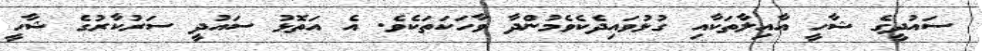
ސައުދީގެ ޝާހީ އާއިލާތަކާއި ގުޅުވައިދެކެވެމުންދާ ވާހަކަތަކެވެ. އެ އަތޮޅު ސައުދީ ސަރުކާރުގެ ޝާހީ